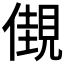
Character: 𧡞